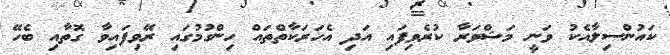
ކައުންސިލާއެކު ވަނީ މަޝްވަރާ ކުރެވިފައި އަދި އެހަރަކާތްތައް ހިންގުމުގައި ރޭވިފައިވާ ގޮތާއި ބެހޭ